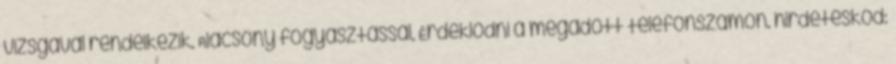
vizsgával rendelkezik. Alacsony fogyasztással. Érdeklődni a megadott telefonszámon. hirdetéskód: